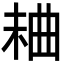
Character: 𣒠